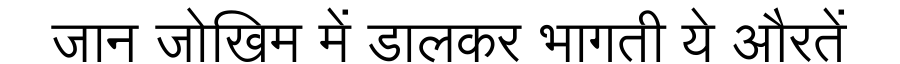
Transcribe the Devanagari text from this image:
जान जोखिम में डालकर भागती ये औरतें